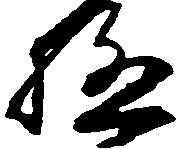
極